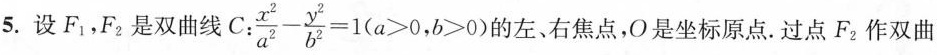
5.设F_{1}，F_{2}是双曲线C:$$\frac{x^{2}}{a^{2}}- \frac{y^{2}}{b^{2}}=1(a>0,b>0)$$的左、右焦点，O是坐标原点。过点F_{2}作双曲